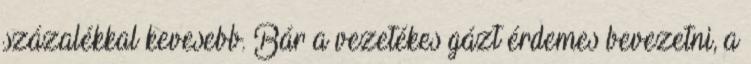
százalékkal kevesebb. Bár a vezetékes gázt érdemes bevezetni, a